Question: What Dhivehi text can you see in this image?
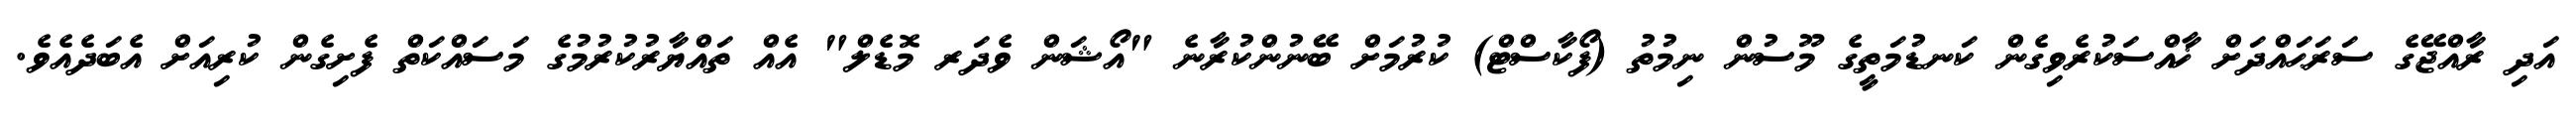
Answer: އަދި ރާއްޖޭގެ ސަރަޙައްދަށް ޚާއްސަކުރެވިގެން ކަނޑުމަތީގެ މޫސުން ނިމުތު (ފޯކާސްޓް) ކުރުމަށް ބޭނުންކުރާނެ "އޯޝަން ވެދަރ މޮޑެލް" އެއް ތައްޔާރުކުރުމުގެ މަސައްކަތް ފެށިގެން ކުރިއަށް އެބަދެއެވެ.